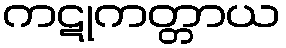
ကဋုကတ္တာယ